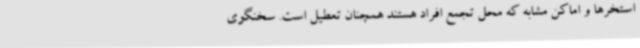
استخرها و اماکن مشابه که محل تجمع افراد هستند همچنان تعطیل است. سخنگوی